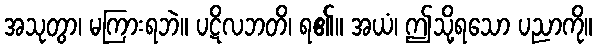
အသုတွာ၊ မကြားရဘဲ။ ပဋိလဘတိ၊ ရ၏။ အယံ၊ ဤသို့ရသော ပညာကို။